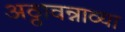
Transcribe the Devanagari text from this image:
अठ्ठावन्नाव्या